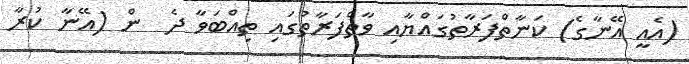
(އެއީ އޭނާގެ) ކަނާތްފަރާތުގައްޔާއި ވާތްފަރާތުގައި ތިއްބަވާ ދެ  ން (އޭނާ ކުރާ